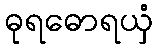
ဓုရဓောရယှံ